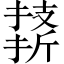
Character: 𪮣